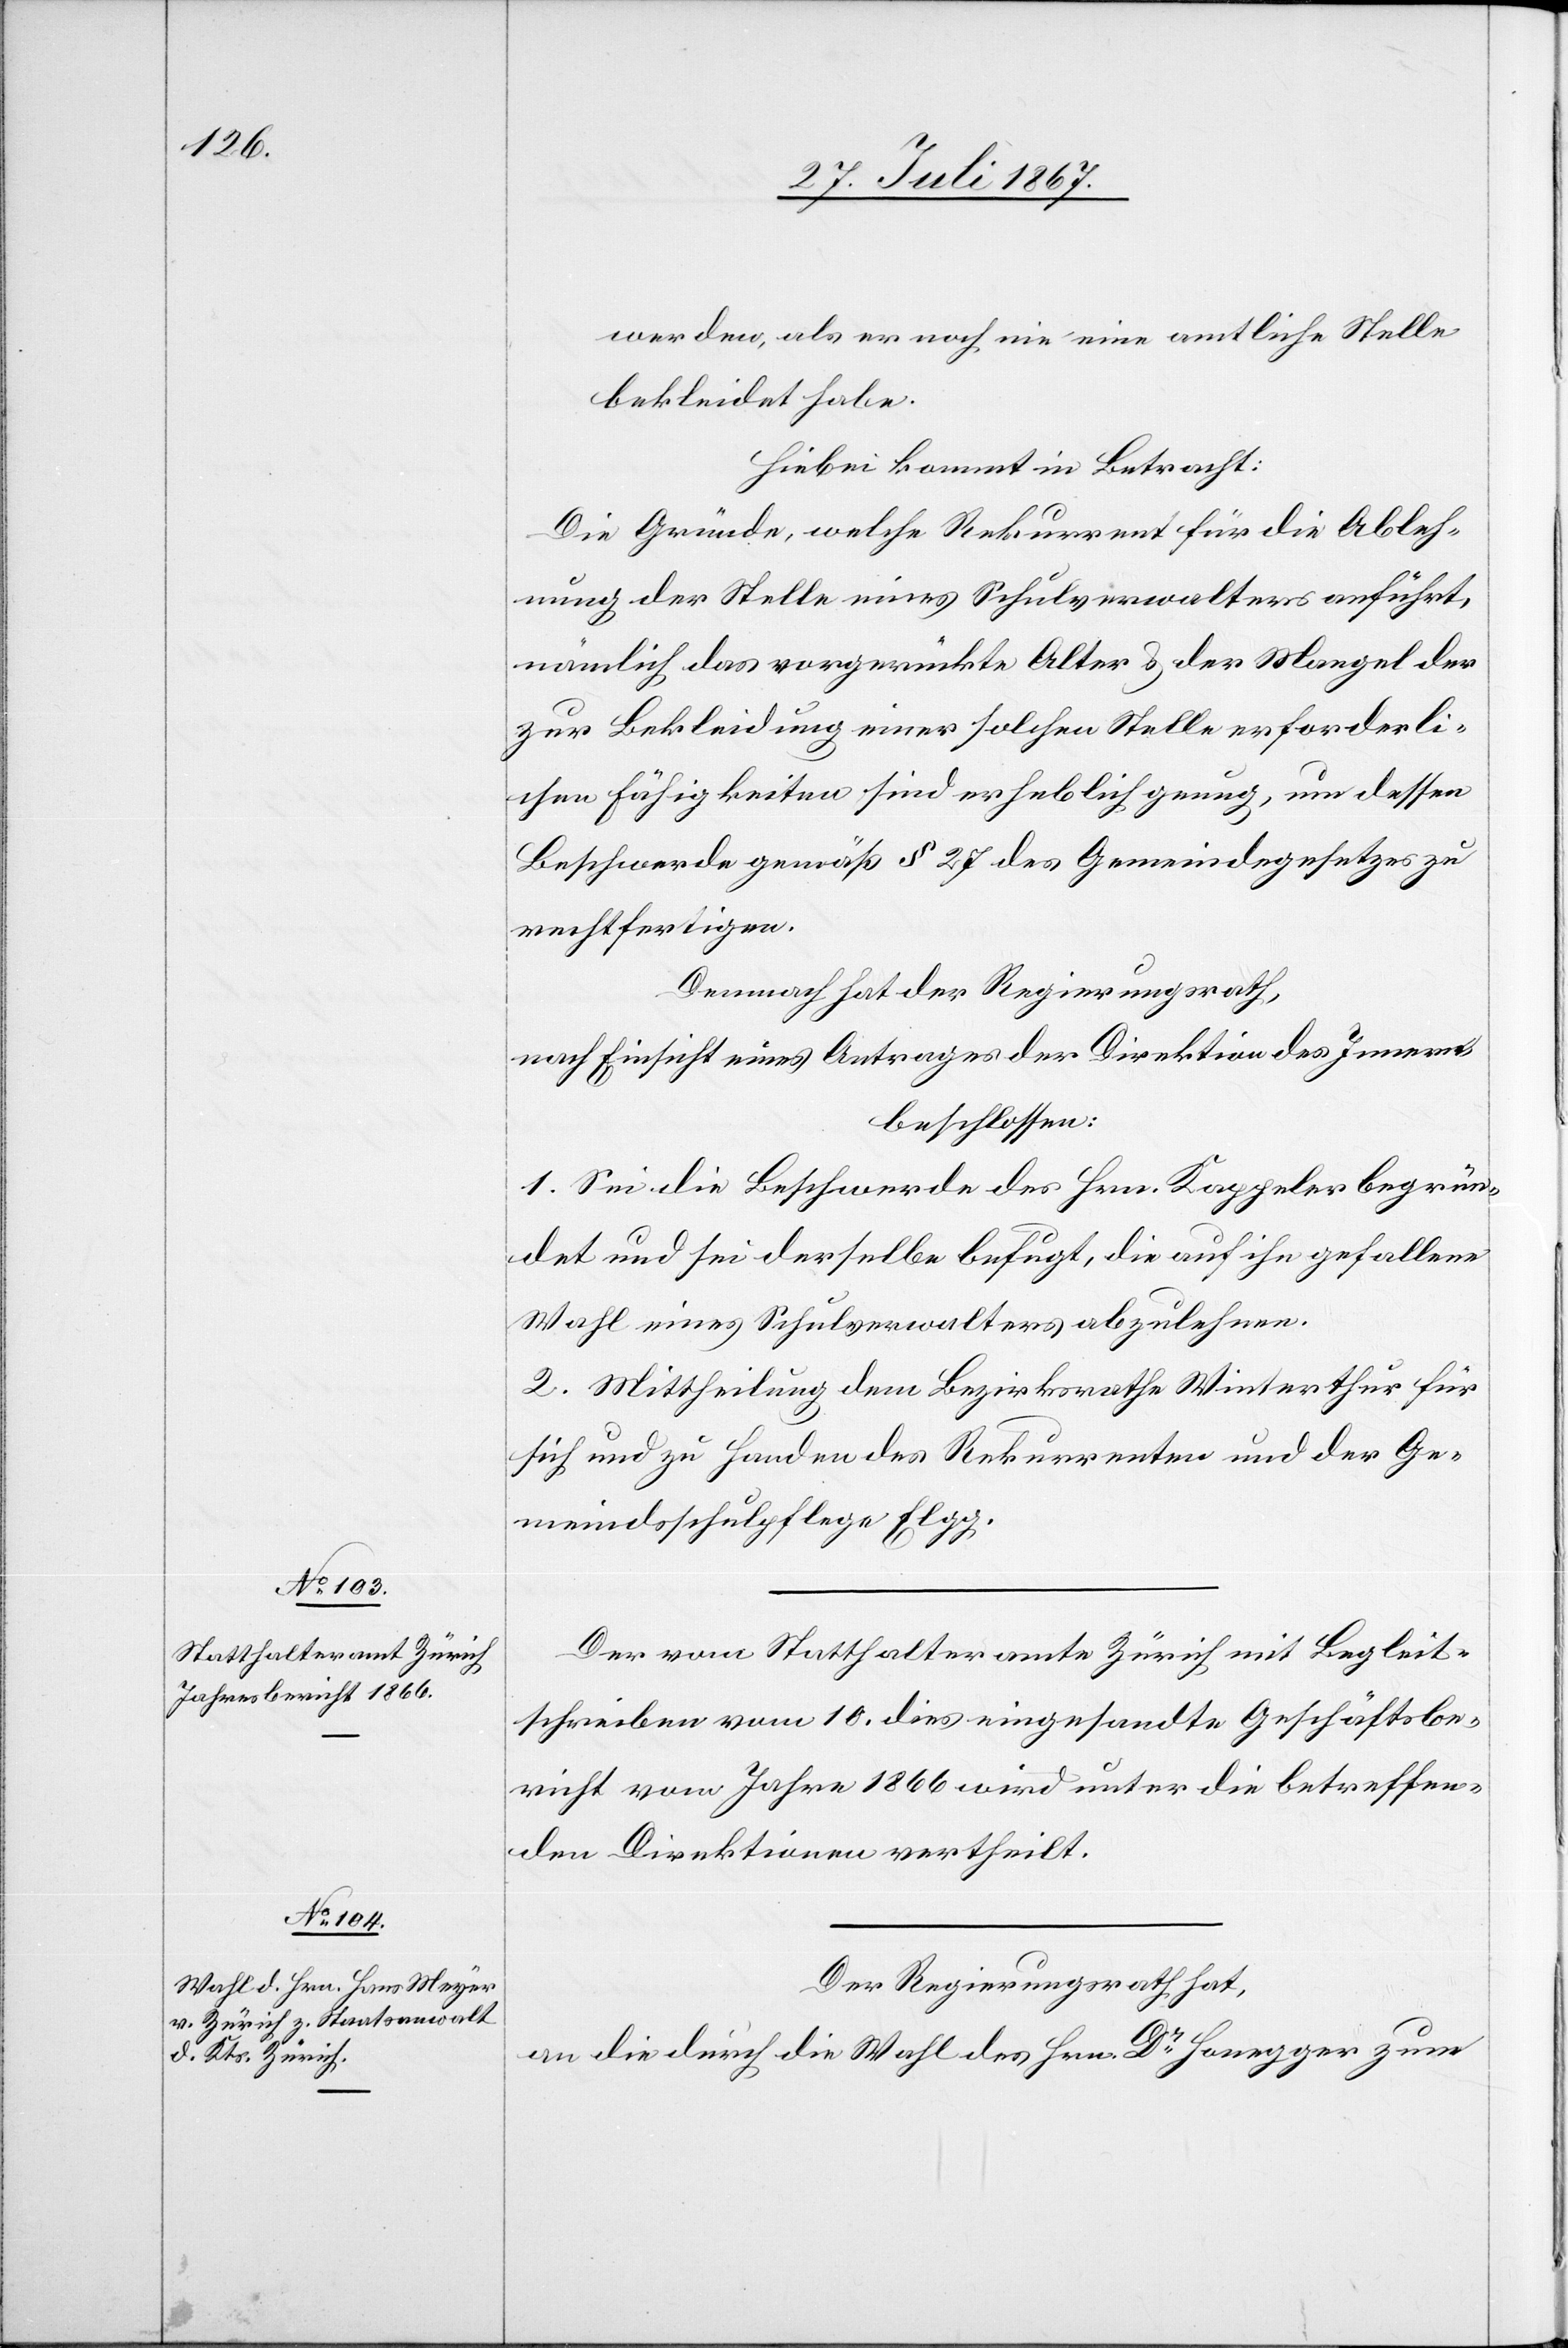
werden, als er noch nie eine amtliche Stelle
bekleidet habe.
Hiebei kommt in Betracht:
Die Gründe, welche Rekurrent für die Ableh¬
nung der Stelle eines Schulverwalters anführt,
nämlich das vorgerückte Alter u. der Mangel der
zur Bekleidung einer solchen Stelle erforderli¬
chen Fähigkeiten sind erheblich genug, um dessen
Beschwerde gemäß § 27 des Gemeindegesetzes zu
rechtfertigen.
Demnach hat der Regierungsrath,
nach Einsicht eines Antrages der Direktion des Innern,
beschlossen:
1. Sei die Beschwerde des Hrn. Kappeler begrün¬
det und sei derselbe befugt, die auf ihn gefallene
Wahl eines Schulverwalters abzulehnen.
2. Mittheilung dem Bezirksrathe Winterthur für
sich und zu Handen des Rekurrenten und der Ge¬
meindsschulpflege Elgg.
Der vom Statthalteramte Zürich mit Begleit¬
schreiben vom 10. dies eingesandte Geschäftsbe¬
richt vom Jahre 1866 wird unter die betreffen¬
den Direktionen vertheilt.
Der Regierungsrath hat,
an die durch die Wahl des Hrn. Dr. Honegger zum